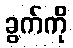
ခွက်ကို